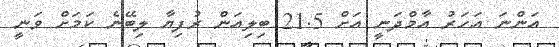
އަންނަ އަހަރު އާމްދަނީ އަށް 21.5 ބިލިއަން ރުފިޔާ ލިބޭނެ ކަމަށް ވަނީ